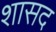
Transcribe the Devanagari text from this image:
शासद